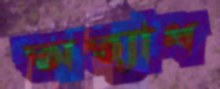
অত্যাধ